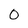
Character: 0